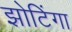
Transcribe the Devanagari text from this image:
झोटिंगा